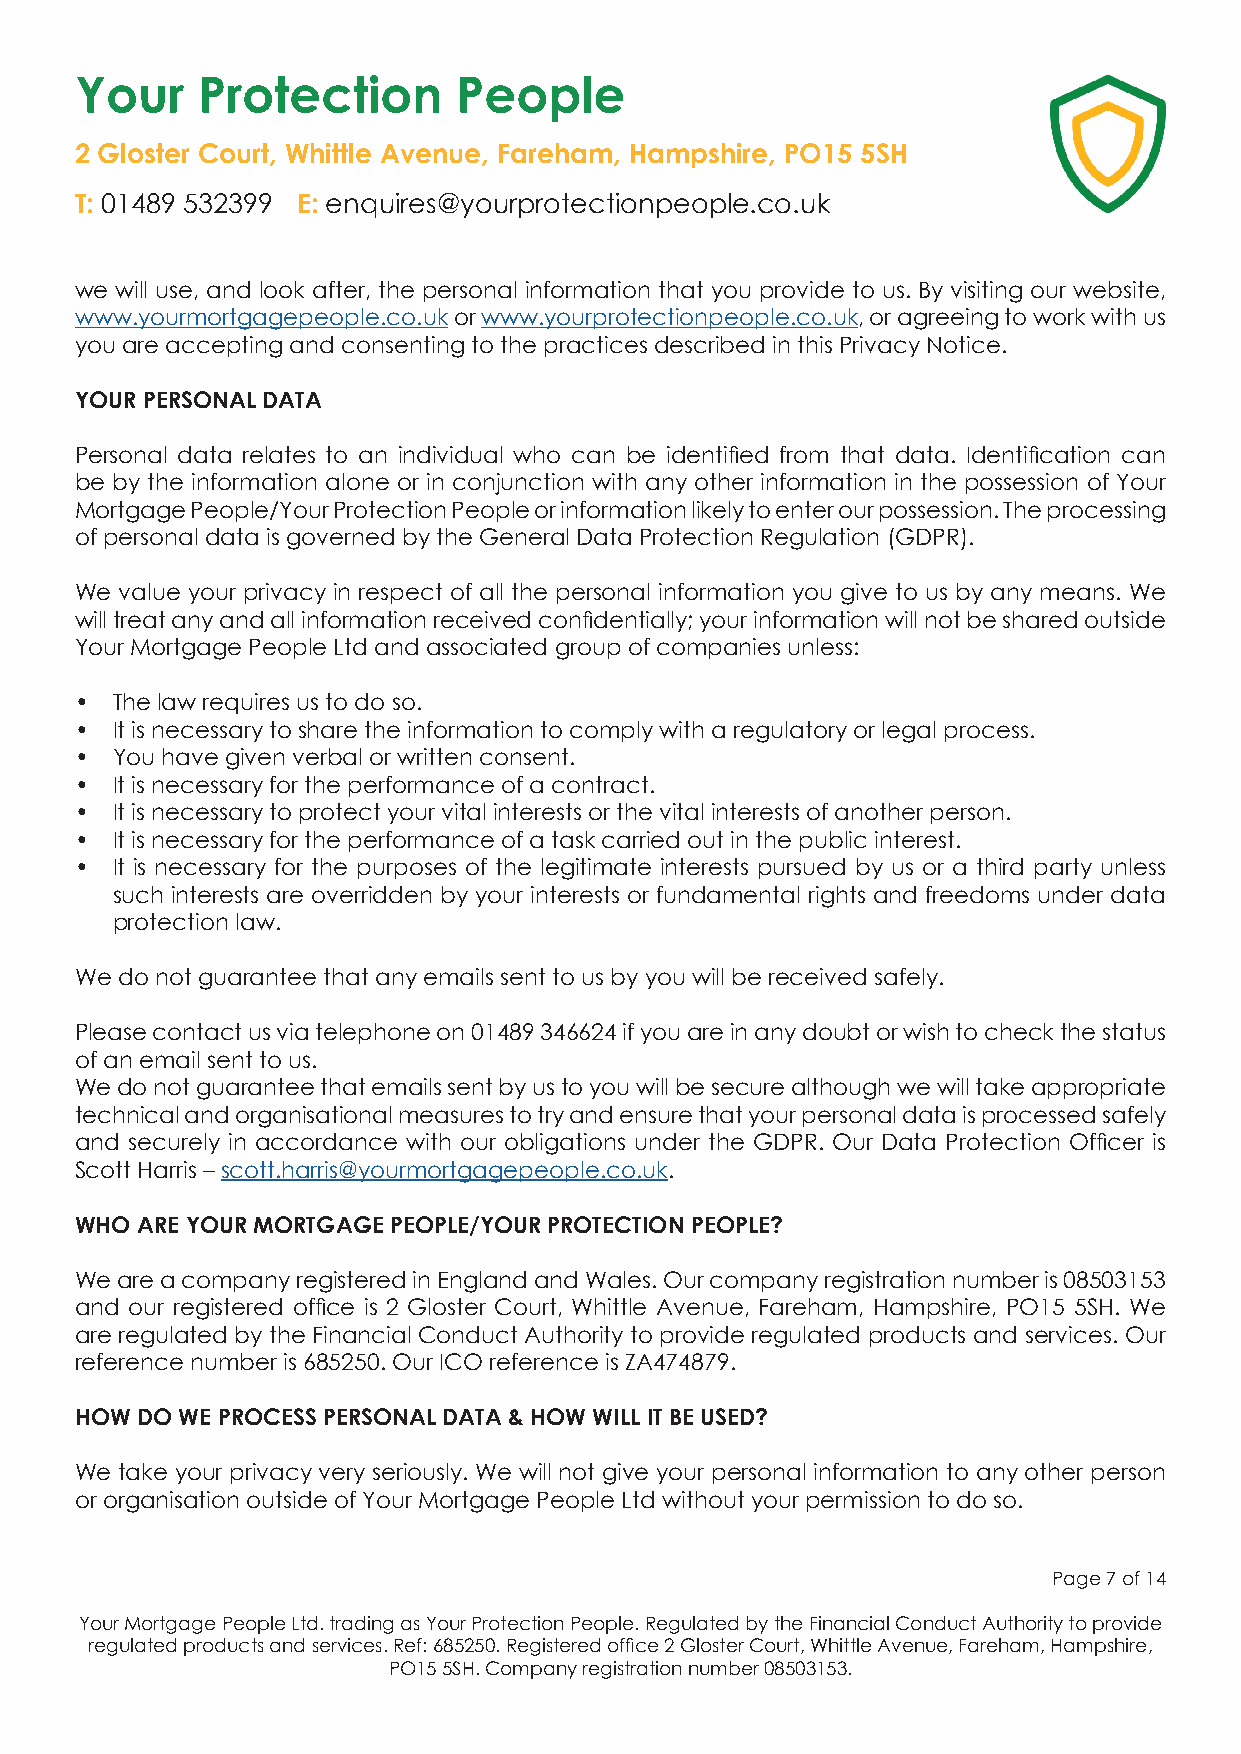
Your    Protection       People
 2 Gloster Court, Whittle Avenue, Fareham, Hampshire, PO15 5SH
 T: 01489 532399 E: enquires@yourprotectionpeople.co.uk
 we will use, and look after, the personal information that you provide to us. By visiting our website,
 www.yourmortgagepeople.co.uk or www.yourprotectionpeople.co.uk, or agreeing to work with us
 you are accepting and consenting to the practices described in this Privacy Notice.
 YOUR PERSONAL DATA
 Personal data relates to an individual who can be identified from that data. Identification can
 be by the information alone or in conjunction with any other information in the possession of Your
 Mortgage People/Your Protection People or information likely to enter our possession. The processing
 of personal data is governed by the General Data Protection Regulation (GDPR).
 We value your privacy in respect of all the personal information you give to us by any means. We
 will treat any and all information received confidentially; your information will not be shared outside
 Your Mortgage People Ltd and associated group of companies unless:
 • The law requires us to do so.
 • It is necessary to share the information to comply with a regulatory or legal process.
 • You have given verbal or written consent.
 • It is necessary for the performance of a contract.
 • It is necessary to protect your vital interests or the vital interests of another person.
 • It is necessary for the performance of a task carried out in the public interest.
 • It is necessary for the purposes of the legitimate interests pursued by us or a third party unless
 such interests are overridden by your interests or fundamental rights and freedoms under data
 protection law.
 We do not guarantee that any emails sent to us by you will be received safely.
 Please contact us via telephone on 01489 346624 if you are in any doubt or wish to check the status
 of an email sent to us.
 We do not guarantee that emails sent by us to you will be secure although we will take appropriate
 technical and organisational measures to try and ensure that your personal data is processed safely
 and securely in accordance with our obligations under the GDPR. Our Data Protection Officer is
 Scott Harris – scott.harris@yourmortgagepeople.co.uk.
 WHO ARE YOUR MORTGAGE PEOPLE/YOUR PROTECTION PEOPLE?
 We are a company registered in England and Wales. Our company registration number is 08503153
 and our registered office is 2 Gloster Court, Whittle Avenue, Fareham, Hampshire, PO15 5SH. We
 are regulated by the Financial Conduct Authority to provide regulated products and services. Our
 reference number is 685250. Our ICO reference is ZA474879.
 HOW DO WE PROCESS PERSONAL DATA & HOW WILL IT BE USED?
 We take your privacy very seriously. We will not give your personal information to any other person
 or organisation outside of Your Mortgage People Ltd without your permission to do so.
 Page 7 of 14
 Your Mortgage People Ltd. trading as Your Protection People. Regulated by the Financial Conduct Authority to provide
 regulated products and services. Ref: 685250. Registered office 2 Gloster Court, Whittle Avenue, Fareham, Hampshire,
 PO15 5SH. Company registration number 08503153.